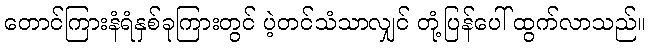
တောင်ကြားနံရံနှစ်ခုကြားတွင် ပဲ့တင်သံသာလျှင် တုံ့ပြန်ပေါ် ထွက်လာသည်။